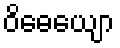
ဝိဓေယျော